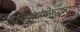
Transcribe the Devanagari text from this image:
अस्पृश्तेविरूद्धच्या